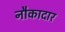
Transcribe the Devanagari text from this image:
नौकादार